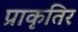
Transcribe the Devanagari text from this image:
प्राकृतिर